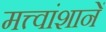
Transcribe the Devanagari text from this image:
मत्त्वांशानें